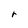
Character: r